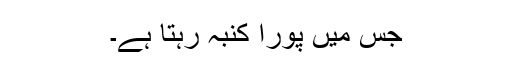
جس میں پورا کنبہ رہتا ہے۔